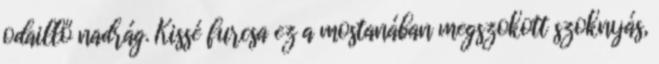
odaillő nadrág. Kissé furcsa ez a mostanában megszokott szoknyás,